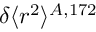
\delta \langle r ^ { 2 } \rangle ^ { A , 1 7 2 }